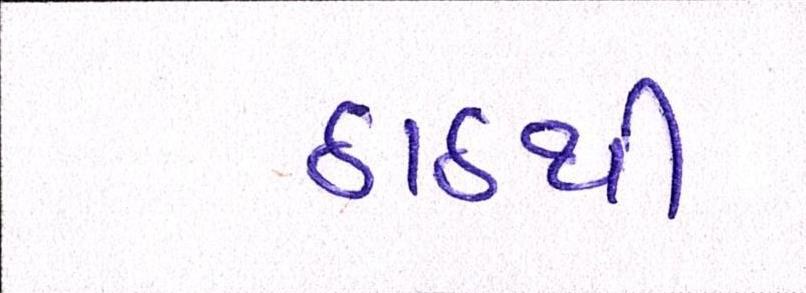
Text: ઠાઠથી